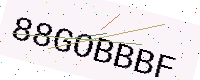
Text: 88GOBBBF